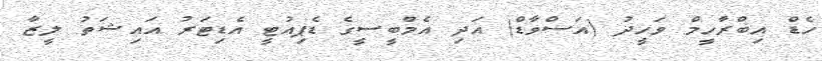
ހެޑް އިބްރާހީމް ވަހީދު (އަސްވާޑް) އަދި އެމްބީސީގެ ޑެޕިއުޓީ އެޑިޓަރު އައިޝަތު ލީޒާ